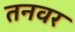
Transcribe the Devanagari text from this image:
तनवर